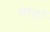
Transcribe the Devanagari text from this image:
मार्वा